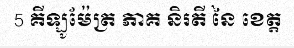
5 គីឡូម៉ែត្រ ភាគ និរតី នៃ ខេត្ត